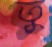
তু